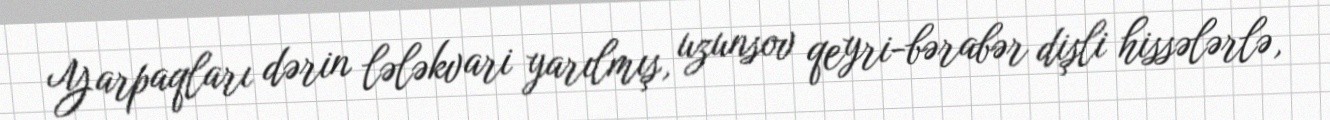
Yarpaqları dərin lələkvari yarılmış, uzunsov qeyri-bərabər dişli hissələrlə,